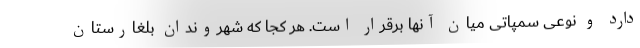
دارد و نوعی سمپاتی میان آنها برقرار است. هر کجا که شهروندان بلغارستان